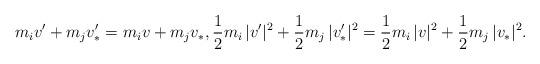
LaTeX: \begin{align*} m_i v'+m_j v'_* = m_i v+m_j v_*,\frac 12 m_i\,|v'|^2 + \frac 12 m_j\,|v_*'|^2 = \frac 12 m_i\,|v|^2 + \frac 12m_j\,|v_*|^2.\end{align*}